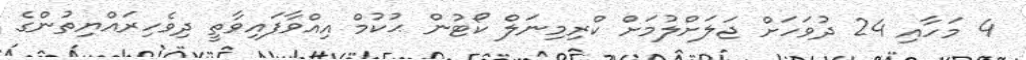
4 މަހާއި 24 ދުވަހަށް ޖަލަށްލުމަށް ކްރިމިނަލް ކޯޓުން ޙުކުމް އިއްވާފައިވާތީ ދިވެހިރައްޔިތުންގެ